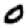
Digit: 0